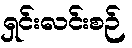
ရှင်းလင်းစဉ်